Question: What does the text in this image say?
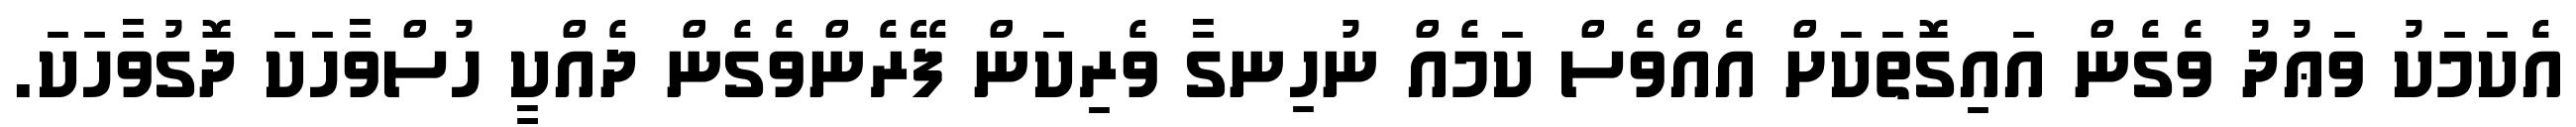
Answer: އެކަމަކު ވަޢުދު ވެގެން އައިގޮތަކަށް އެއްވެސް ކަމެއް ނުހިނގާ ވެރިކަން ފޭރެންވެގެން ދެއްކީ ހުސްވާހަކަ ދޮގުވާހަކަ.